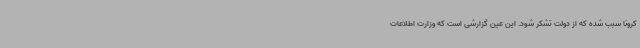
کرونا سبب شده که از دولت تشکر شود. این عین گزارشی است که وزارت اطلاعات